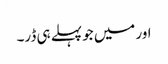
اور میں جو پہلے ہی ڈر۔